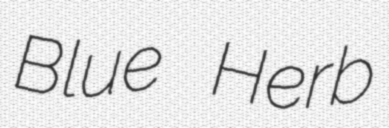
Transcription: Blue Herb